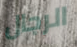
الرجال